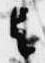
与